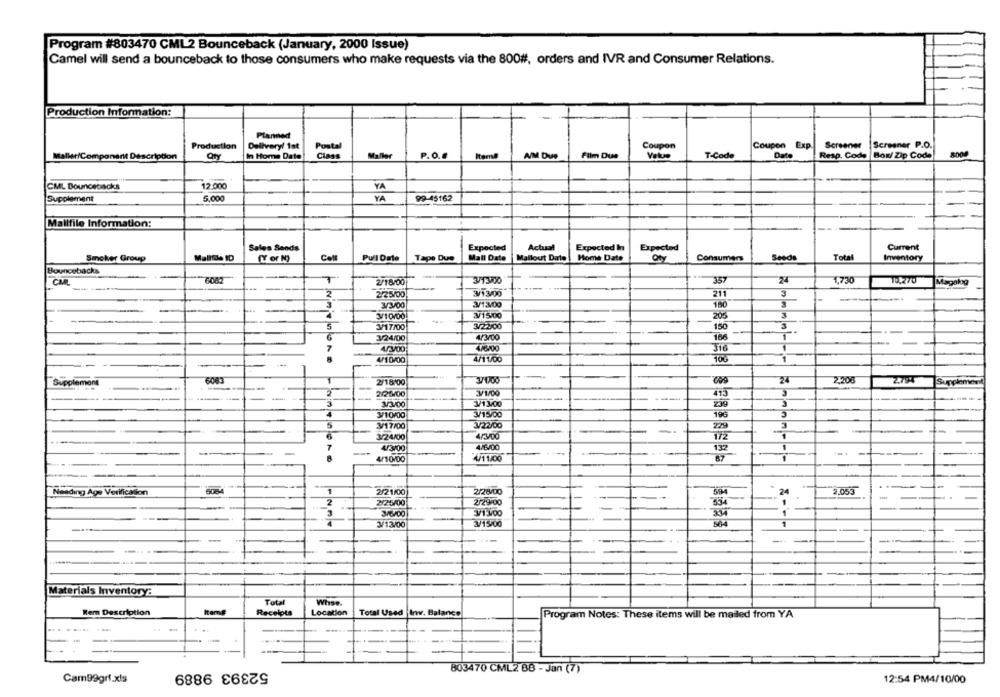
Program #803470 CML2 Bounceback (January, 2000 Issue)
Camel will send a bounceback to those consumers who make requests via the 800#, orders and IVR and Consumer Relations.
Production Information:
Planned
Production
Delivery! 1st
Postal
Coupon
Coupon Exp.
Screener
Screener P.O.
ponant Description
In Home Date
Class
Value
T-Code
Resp. Code Box/ Zip Code
8008
Maller
P.O.6
A/M Due
Film Due
Date
CML Bouncebacks
12.000
YA
Supplement
5,000
YA
99-45162
Mallfile Information:
Sales Sends
Expected
Actual
Expected In
Expected
Current
Smoker Group
Mallide ID
(Y or N)
Coll
Pull Date
Tape Due
Mall Date
Mallout Date | Home Date
Oty
Consumers
Sesde
Total
Inventory
Bouncebacks
7
157
74
1,730
----
6082
2/18/00
3/1300
101270
Magalog
2/25/00
3/13/06
211
3
2
3/3/00
3/13:00
180
3
¥15.00
20%
3
---
--
3/10100
-
5
3/17/00
3/22/00
150
3
1
..
6
3/24/00
4/3/00
166
7
45300
4/6100
1
410/00
4/11/00
10
1
Supplement
6083
T
2/18/00
24
2.200
2.794
Supplemen
---
2/21/00
31/00
413
3
3
3/3/00
1/13/00
3/10100
V15/00
3
5
3/17/00
¥22/00
3
3/24/00
4/3/00
172
1
4/6/00
4/3700
4/10/00
4/11/000
87
Neading Age Verification
1
2/2 1/00
2/28/00
794
2.055
2
2/25/00
2/29/00
346400
¥1:300
3/13/00
3/15/00
3333
Materials Inventory:
Total
Whse.
Rem Description
Receipts
Location
Total Used Inv. Balance
Program Notes: These items will be mailed from YA
-
--
52393 9889
803470 CML2 88 - Jan (7)
Cam99grf.xls
12:54 PM4/10/00